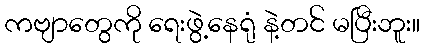
ကဗျာတွေကို ရေးဖွဲ့နေရုံ နဲ့တင် မပြီးဘူး။